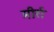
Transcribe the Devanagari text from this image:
मीर्रा